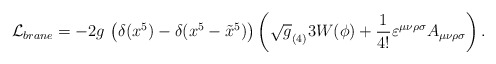
\begin{align*}{\cal L}_{brane}=-2 g \,\left( \delta (x^5)-\delta(x^5-\tilde x^5 )\right) \left( \sqrt g_{(4)} 3 W(\phi) +{1\over 4!} \varepsilon ^{\mu \nu \rho\sigma }A_{\mu \nu \rho \sigma }\right) .\end{align*}